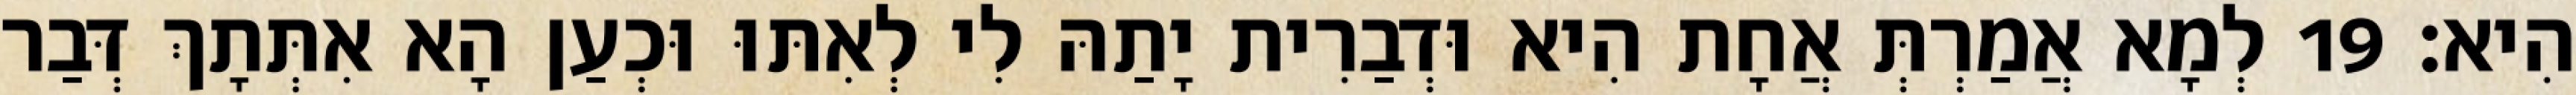
הִיא׃ 19 לְמָא אֲמַרְתְּ אֲחָת הִיא וּדְבַרִית יָתַהּ לִי לְאִתּוּ וּכְעַן הָא אִתְּתָךְ דְּבַר